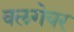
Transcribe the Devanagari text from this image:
वलगेयर